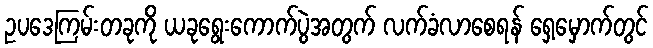
ဥပဒေကြမ်းတခုကို ယခုရွေးကောက်ပွဲအတွက် လက်ခံလာစေရန် ရှေ့မှောက်တွင်